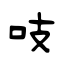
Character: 吱